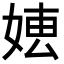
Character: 𡞍